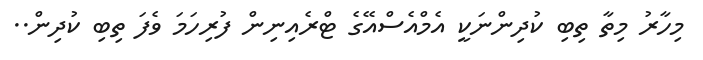
މިހާރު މިތާ ތިބި ކުދިންނަކީ އެމްއެސްއޭގެ ޓްރެއިނިން ފުރިހަމަ ވެފަ ތިބި ކުދިން..